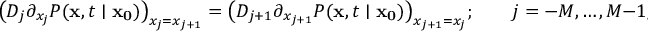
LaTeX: { \big ( } D _ { j } \partial _ { x _ { j } } P ( \mathbf { x } , t \mid \mathbf { x _ { 0 } } ) { \big ) } _ { x _ { j } = x _ { j + 1 } } = { \big ( } D _ { j + 1 } \partial _ { x _ { j + 1 } } P ( \mathbf { x } , t \mid \mathbf { x _ { 0 } } ) { \big ) } _ { x _ { j + 1 } = x _ { j } } ; \qquad j = - M , \ldots , M - 1 ,